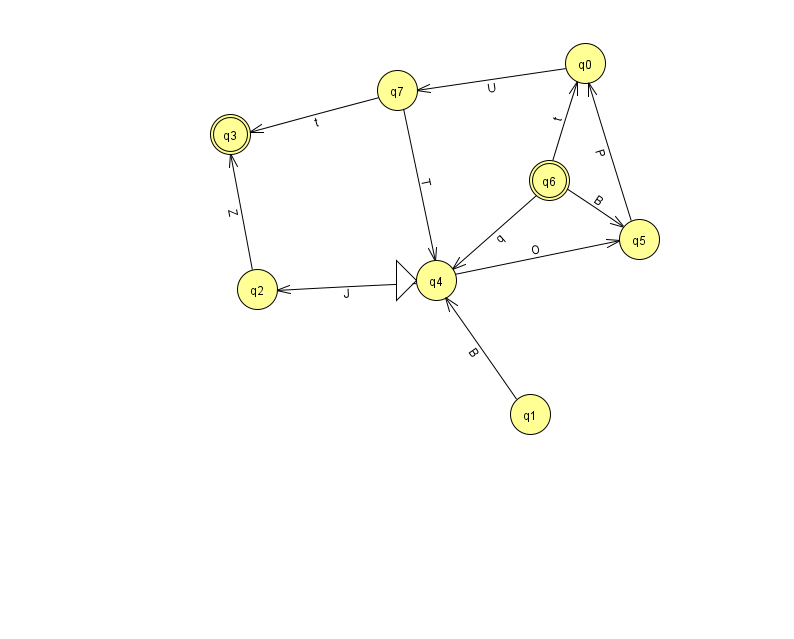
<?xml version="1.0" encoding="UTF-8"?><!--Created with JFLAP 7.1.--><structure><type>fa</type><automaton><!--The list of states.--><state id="0" name="q0"><x>585.0</x><y>50.0</y></state><state id="1" name="q1"><x>530.0</x><y>401.0</y></state><state id="2" name="q2"><x>257.0</x><y>276.0</y></state><state id="3" name="q3"><x>230.0</x><y>121.0</y><final/></state><state id="4" name="q4"><x>436.0</x><y>267.0</y><initial/></state><state id="5" name="q5"><x>639.0</x><y>226.0</y></state><state id="6" name="q6"><x>549.0</x><y>167.0</y><final/></state><state id="7" name="q7"><x>397.0</x><y>77.0</y></state><!--The list of transitions.--><transition><from>5</from><to>0</to><read>P</read></transition><transition><from>1</from><to>4</to><read>B</read></transition><transition><from>0</from><to>7</to><read>U</read></transition><transition><from>4</from><to>2</to><read>J</read></transition><transition><from>7</from><to>4</to><read>T</read></transition><transition><from>7</from><to>3</to><read>t</read></transition><transition><from>6</from><to>4</to><read>q</read></transition><transition><from>6</from><to>5</to><read>B</read></transition><transition><from>2</from><to>3</to><read>Z</read></transition><transition><from>4</from><to>5</to><read>O</read></transition><transition><from>6</from><to>0</to><read>t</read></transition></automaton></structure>